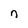
Character: n